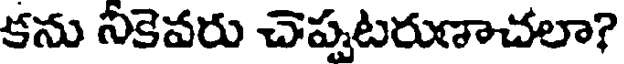
కను నీకెవరు చెప్పటరుణాచలా?